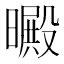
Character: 𣋙